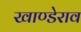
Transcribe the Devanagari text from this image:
खाण्डेराव